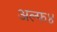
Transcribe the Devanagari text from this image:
अल्फ४